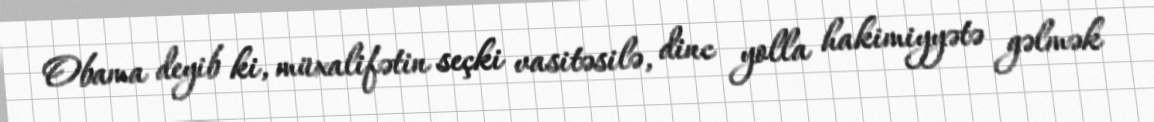
Obama deyib ki, müxalifətin seçki vasitəsilə, dinc yolla hakimiyyətə gəlmək